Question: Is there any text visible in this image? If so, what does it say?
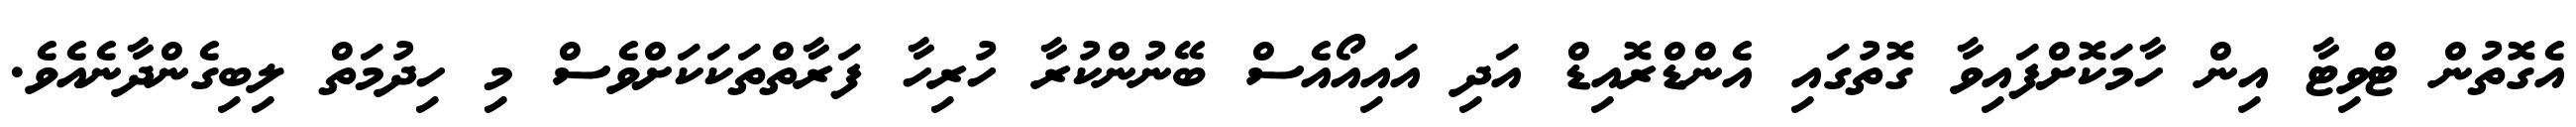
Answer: އެގޮތުން ޓްވިޓާ އިން ހާމަކޮށްފައިވާ ގޮތުގައި އެންޑްރޮއިޑް އަދި އައިއޯއެސް ބޭނުންކުރާ ހުރިހާ ފަރާތްތަކަކަށްވެސް މި ހިދުމަތް ލިބިގެންދާނެއެވެ.